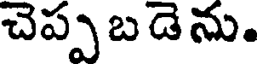
చెప్ప బ డెను.